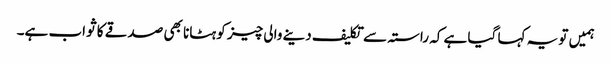
ہمیں تو یہ کہا گیا ہے کہ راستہ سے تکلیف دینے والی چیز کو ہٹانا بھی صدقے کا ثواب ہے۔